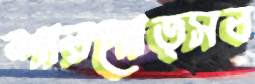
শারদোত্সব